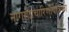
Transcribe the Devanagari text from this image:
नागरीप्रचारिणीपत्रिका